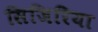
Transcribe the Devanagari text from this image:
सिजिरिया